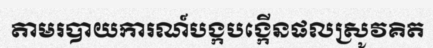
តាមរបាយការណ៍បង្កបង្កើនផលស្រូវគិត